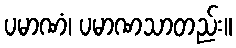
ပမာဏံ၊ ပမာဏသာတည်း။